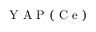
\mathrm { ~ Y ~ A ~ P ~ } ( \mathrm { ~ C ~ e ~ } )